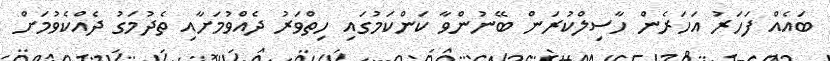
ބައެއް ފަހަރު އަހަރެން ހާސިލްކުރަން ބޭނުންވާ ކަންކަމުގައި ހިތްވަރު ދެއްވުމަށާއި ތެދުމަގު ދެއްކެވުމަށް